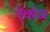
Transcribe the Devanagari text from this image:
ऐवरेज